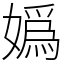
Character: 嬀